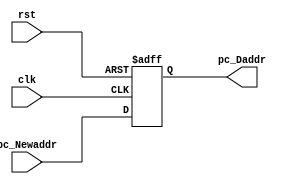
module RPC (
    input rst,
    input clk,
    //input pc_load,                              //Boton de encendido
    input [size_data-1:0] pc_Newaddr,           //Nueva direcciÃ³n
    output [size_data-1:0] pc_Daddr            //DirecciÃ³n a ejecutar
);

parameter size_data = 8;
parameter size_PC = 2;

reg [size_data-1:0] pila;

always @(posedge rst or posedge clk) begin
    if(rst)begin 
      pila=0;
    end

    else begin
                            //Siguiente dato a ejecutar
      pila = pc_Newaddr;                   //Captura nuevo dato
    end
    
end
    assign pc_Daddr= pila;
endmodule